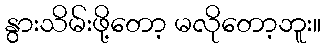
နွားသိမ်းဖို့တော့ မလိုတော့ဘူး။